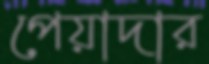
পেয়াদার